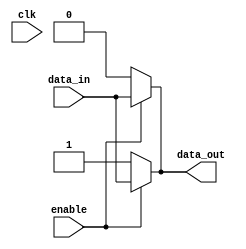
module io_pushpull_buffer (
    input wire clk,
    input wire enable,
    input wire data_in,
    output reg data_out
);

// P-type transistors
assign data_out = enable ? data_in : 1'b0;

// N-type transistors
assign data_out = enable ? data_in : 1'b1;

endmodule